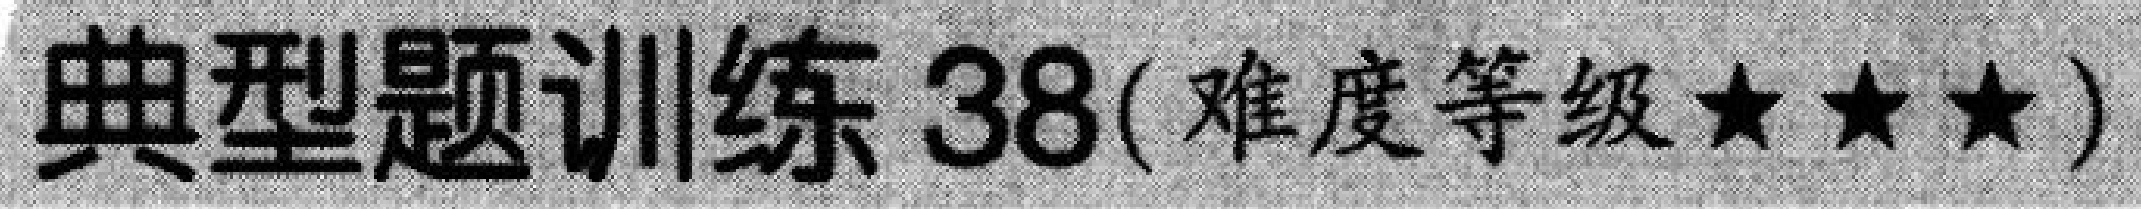
典型题训练 38(难度等级★★★)